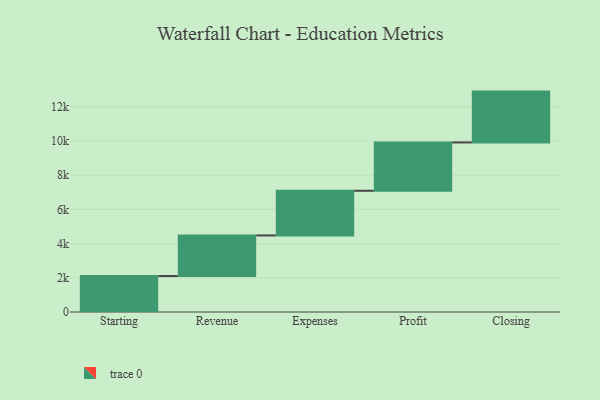
{"axis": {"x": "Step", "y": "Value"}, "legend": [""], "data": [{"x": "Starting", "y": 2102.0, "type": ""}, {"x": "Revenue", "y": 2375.0, "type": ""}, {"x": "Expenses", "y": 2613.0, "type": ""}, {"x": "Profit", "y": 2826.0, "type": ""}, {"x": "Closing", "y": 2973.0, "type": ""}]}